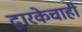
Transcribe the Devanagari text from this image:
द्वारकेचाही